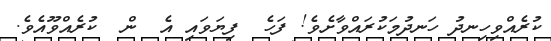
ކުރެއްވިހިނދު ހަނދުމަކުރައްވާށެވެ! ފަހެ  ފިޔަވައި އެ  ން  ކުރެއްވޫއެވެ.